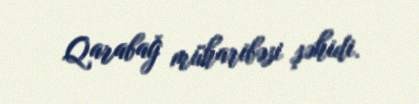
Qarabağ müharibəsi şəhidi.